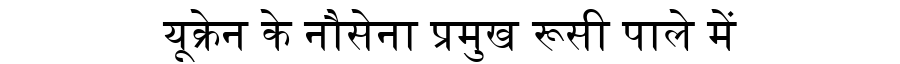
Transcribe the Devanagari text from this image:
यूक्रेन के नौसेना प्रमुख रूसी पाले में